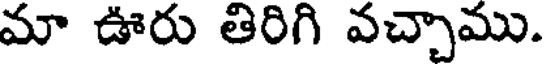
మా ఊరు తిరిగి వచ్చాము.